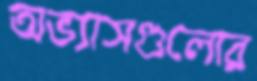
অভ্যাসগুলোর